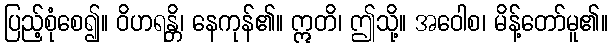
ပြည့်စုံစေ၍။ ဝိဟရန္တိ၊ နေကုန်၏။ ဣတိ၊ ဤသို့။ အဝေါစ၊ မိန့်တော်မူ၏။